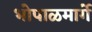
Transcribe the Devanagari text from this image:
भोपाळमार्गे